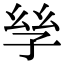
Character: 𡥝